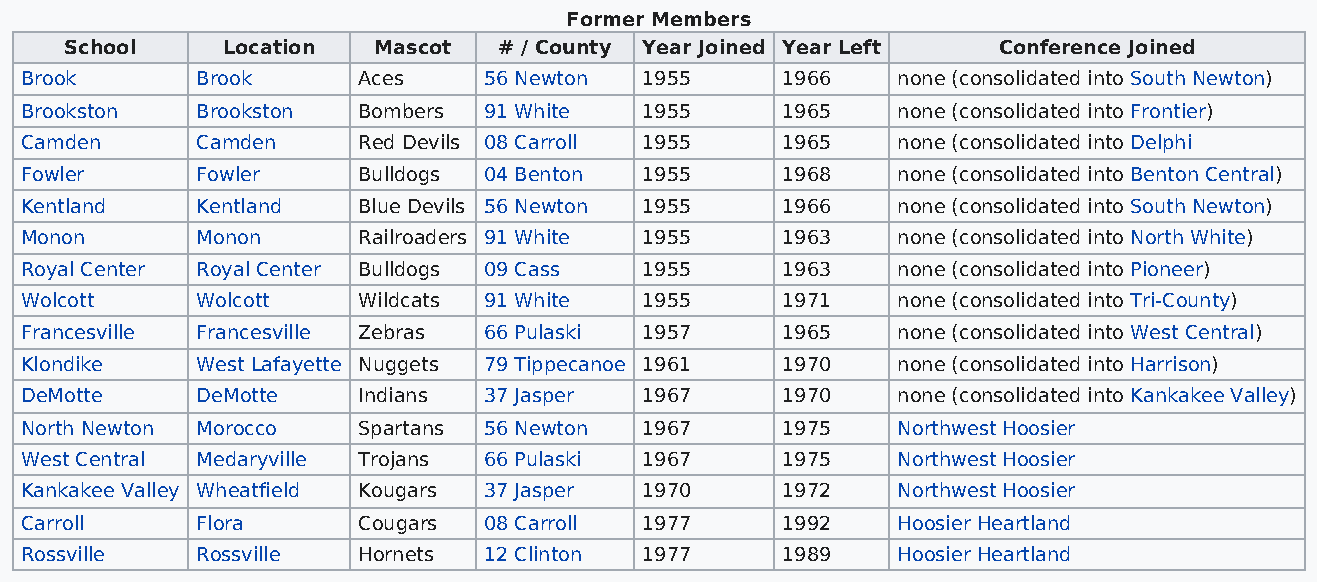
Former Members
 School     Location  Mascot  # / County Year Joined Year Left Conference Joined
 Brook       Brook      Aces    56 Newton  1955     1966   none (consolidated into South Newton)
 Brookston   Brookston  Bombers 91 White   1955     1965   none (consolidated into Frontier)
 Camden      Camden     Red Devils 08 Carroll 1955  1965   none (consolidated into Delphi
 Fowler      Fowler     Bulldogs 04 Benton 1955     1968   none (consolidated into Benton Central)
 Kentland    Kentland   Blue Devils 56 Newton 1955  1966   none (consolidated into South Newton)
 Monon       Monon      Railroaders 91 White 1955   1963   none (consolidated into North White)
 Royal Center Royal Center Bulldogs 09 Cass 1955    1963   none (consolidated into Pioneer)
 Wolcott     Wolcott    Wildcats 91 White  1955     1971   none (consolidated into Tri-County)
 Francesville Francesville Zebras 66 Pulaski 1957   1965   none (consolidated into West Central)
 Klondike    West Lafayette Nuggets 79 Tippecanoe 1961 1970 none (consolidated into Harrison)
 DeMotte     DeMotte    Indians 37 Jasper  1967     1970   none (consolidated into Kankakee Valley)
 North Newton Morocco   Spartans 56 Newton 1967     1975   Northwest Hoosier
 West Central Medaryville Trojans 66 Pulaski 1967   1975   Northwest Hoosier
 Kankakee Valley Wheatfield Kougars 37 Jasper 1970  1972   Northwest Hoosier
 Carroll     Flora      Cougars 08 Carroll 1977     1992   Hoosier Heartland
 Rossville   Rossville  Hornets 12 Clinton 1977     1989   Hoosier Heartland